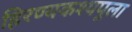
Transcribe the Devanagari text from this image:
हिरण्यकश्यपूला